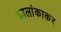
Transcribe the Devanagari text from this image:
कालांकाकर